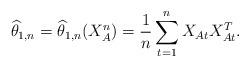
LaTeX: \begin{align*} {\widehat \theta}_{1,n} = {\widehat \theta}_{1,n}(X_A^n) = \frac{1}{n} \sum \limits_{t=1}^{n} X_{A t} X_{A t}^T .\end{align*}